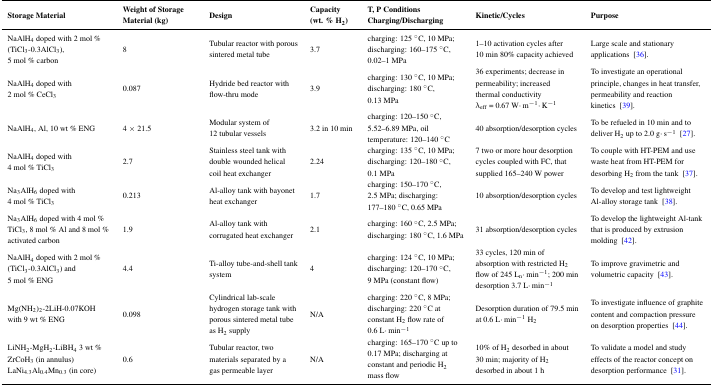
<table><thead><tr><td><b>Storage Material</b></td><td><b>Weight of Storage Material (kg)</b></td><td><b>Design</b></td><td><b>Capacity (wt. % H<sub>2</sub>)</b></td><td><b>T, P Conditions Charging/Discharging</b></td><td><b>Kinetic/Cycles</b></td><td><b>Purpose</b></td></tr></thead><tbody><tr><td>NaAlH<sub>4</sub> doped with 2 mol % (TiCl<sub>3</sub>-0.3AlCl<sub>3</sub>), 5 mol % carbon</td><td>8</td><td>Tubular reactor with porous sintered metal tube</td><td>3.7</td><td>charging: 125 °C, 10 MPa; discharging: 160–175 °C, 0.02–1 MPa</td><td>1–10 activation cycles after 10 min 80% capacity achieved</td><td>Large scale and stationary applications [36].</td></tr><tr><td>NaAlH<sub>4</sub> doped with 2 mol % CeCl<sub>3</sub></td><td>0.087</td><td>Hydride bed reactor with flow-thru mode</td><td>3.9</td><td>charging: 130 °C, 10 MPa; discharging: 180 °C, 0.13 MPa</td><td>36 experiments; decrease in permeability; increased thermal conductivity λ<sub>eff</sub> = 0.67 W·m<sup>−1</sup>·K<sup>−1</sup></td><td>To investigate an operational principle, changes in heat transfer, permeability and reaction kinetics [39].</td></tr><tr><td>NaAlH<sub>4</sub>, Al, 10 wt % ENG</td><td>4 × 21.5</td><td>Modular system of 12 tubular vessels</td><td>3.2 in 10 min</td><td>charging: 120–150 °C, 5.52–6.89 MPa, oil temperature: 120–140 °C</td><td>40 absorption/desorption cycles</td><td>To be refueled in 10 min and to deliver H<sub>2</sub> up to 2.0 g·s<sup>−1</sup> [27].</td></tr><tr><td>NaAlH<sub>4</sub> doped with 4 mol % TiCl<sub>3</sub></td><td>2.7</td><td>Stainless steel tank with double wounded helical coil heat exchanger</td><td>2.24</td><td>charging: 135 °C, 10 MPa; discharging: 120–180 °C, 0.1 MPa</td><td>7 two or more hour desorption cycles coupled with FC, that supplied 165–240 W power</td><td>To couple with HT-PEM and use waste heat from HT-PEM for desorbing H<sub>2</sub> from the tank [37].</td></tr><tr><td>Na<sub>3</sub>AlH<sub>6</sub> doped with 4 mol % TiCl<sub>3</sub></td><td>0.213</td><td>Al-alloy tank with bayonet heat exchanger</td><td>1.7</td><td>charging: 150–170 °C, 2.5 MPa; discharging: 177–180 °C, 0.65 MPa</td><td>10 absorption/desorption cycles</td><td>To develop and test lightweight Al-alloy storage tank [38].</td></tr><tr><td>Na<sub>3</sub>AlH<sub>6</sub> doped with 4 mol % TiCl<sub>3</sub>, 8 mol % Al and 8 mol % activated carbon</td><td>1.9</td><td>Al-alloy tank with corrugated heat exchanger</td><td>2.1</td><td>charging: 160 °C, 2.5 MPa; discharging: 180 °C, 1.6 MPa</td><td>31 absorption/desorption cycles</td><td>To develop the lightweight Al-tank that is produced by extrusion molding [42].</td></tr><tr><td>NaAlH<sub>4</sub> doped with 2 mol % (TiCl<sub>3</sub>-0.3AlCl<sub>3</sub>) and 5 mol % ENG</td><td>4.4</td><td>Ti-alloy tube-and-shell tank system</td><td>4</td><td>charging: 124 °C, 10 MPa; discharging: 120–170 °C, 9 MPa (constant flow)</td><td>33 cycles, 120 min of absorption with restricted H<sub>2</sub> flow of 245 L<sub>n</sub>·min<sup>−1</sup>; 200 min desorption 3.7 L·min<sup>−1</sup></td><td>To improve gravimetric and volumetric capacity [43].</td></tr><tr><td>Mg(NH<sub>2</sub>)<sub>2</sub>-2LiH-0.07KOH with 9 wt % ENG</td><td>0.098</td><td>Cylindrical lab-scale hydrogen storage tank with porous sintered metal tube as H<sub>2</sub> supply</td><td>N/A</td><td>charging: 220 °C, 8 MPa; discharging: 220 °C at constant H<sub>2</sub> flow rate of 0.6 L·min<sup>−1</sup></td><td>Desorption duration of 79.5 min at 0.6 L·min<sup>−1</sup> H<sub>2</sub></td><td>To investigate influence of graphite content and compaction pressure on desorption properties [44].</td></tr><tr><td>LiNH<sub>2</sub>-MgH<sub>2</sub>-LiBH<sub>4</sub> 3 wt % ZrCoH<sub>3</sub> (in annulus) LaNi<sub>4.3</sub>Al<sub>0.4</sub>Mn<sub>0.3</sub> (in core)</td><td>0.6</td><td>Tubular reactor, two materials separated by a gas permeable layer</td><td>N/A</td><td>charging: 165–170 °C up to 0.17 MPa; discharging at constant and periodic H<sub>2</sub> mass flow</td><td>10% of H<sub>2</sub> desorbed in about 30 min; majority of H<sub>2</sub> desorbed in about 1 h</td><td>To validate a model and study effects of the reactor concept on desorption performance [31].</td></tr></tbody></table>